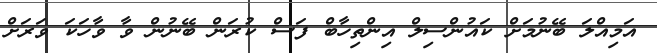
އަމިއްލަ ބޭނުމަށް ކައުންސިލް އިންތިހާބް ފަސް ކުރަން ބޭނުން ވާ ވާހަކަ ވަރަށް